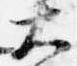
大